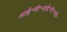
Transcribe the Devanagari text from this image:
आई॰सी॰आई॰सी॰आई॰